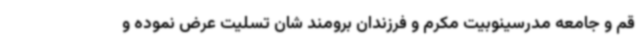
قم و جامعه مدرسینوبیت مکرم و فرزندان برومند شان تسلیت عرض نموده و